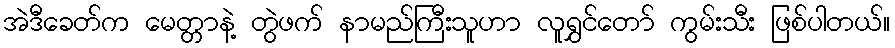
အဲဒီခေတ်က မေတ္တာနဲ့ တွဲဖက် နာမည်ကြီးသူဟာ လူရွှင်တော် ကွမ်းသီး ဖြစ်ပါတယ်။